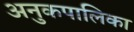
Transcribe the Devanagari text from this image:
अनुकपालिका